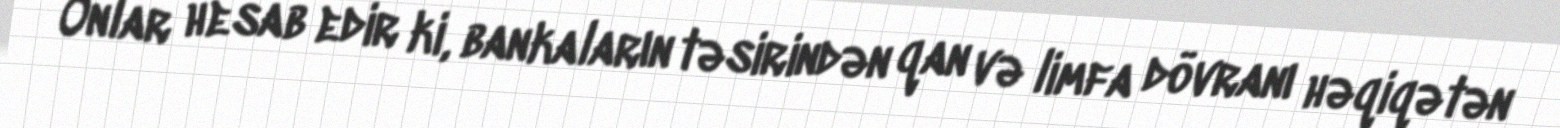
Onlar hesab edir ki, bankaların təsirindən qan və limfa dövranı həqiqətən